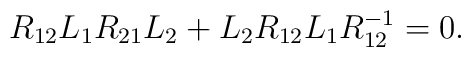
R_{12}L_1R_{21}L_2+L_2R_{12}L_1R_{12}^{-1}=0.